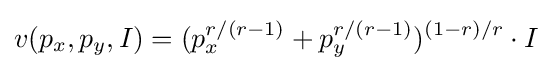
v(p_{x},p_{y},I)=(p_{x}^{r/(r-1)}+p_{y}^{r/(r-1)})^{(1-r)/r}\cdot I